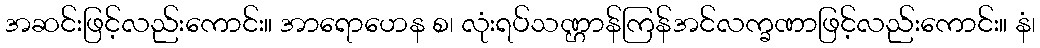
အဆင်းဖြင့်လည်းကောင်း။ အာရောဟေန စ၊ လုံးရပ်သဏ္ဌာန်ကြန်အင်လက္ခဏာဖြင့်လည်းကောင်း။ နံ၊